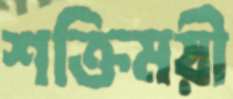
শক্তিময়ী